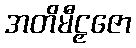
အတိမီဠှဇော